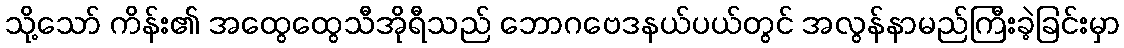
သို့သော် ကိန်း၏ အထွေထွေသီအိုရီသည် ဘောဂဗေဒနယ်ပယ်တွင် အလွန်နာမည်ကြီးခဲ့ခြင်းမှာ